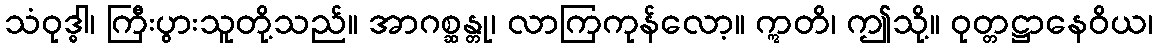
သံဝုဒ္ဓါ၊ ကြီးပွားသူတို့သည်။ အာဂစ္ဆန္တု၊ လာကြကုန်လော့။ ဣတိ၊ ဤသို့။ ဝုတ္တဋ္ဌာနေဝိယ၊